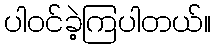
ပါဝင်ခဲ့ကြပါတယ်။